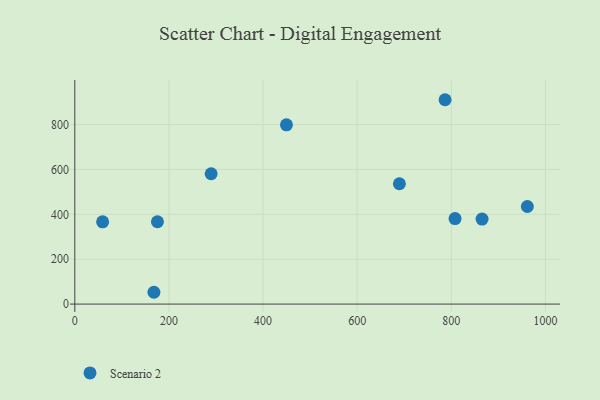
{"axis": {"x": "Ad Spend", "y": "Yield"}, "legend": ["Scenario 2"], "data": [{"x": "175.6", "y": 366.8, "type": "Scenario 2"}, {"x": "59.1", "y": 366.6, "type": "Scenario 2"}, {"x": "168.1", "y": 52.6, "type": "Scenario 2"}, {"x": "289.7", "y": 580.8, "type": "Scenario 2"}, {"x": "449.7", "y": 798.9, "type": "Scenario 2"}, {"x": "865.3", "y": 378.8, "type": "Scenario 2"}, {"x": "807.9", "y": 381.0, "type": "Scenario 2"}, {"x": "786.7", "y": 910.6, "type": "Scenario 2"}, {"x": "689.7", "y": 536.2, "type": "Scenario 2"}, {"x": "961.6", "y": 434.8, "type": "Scenario 2"}]}